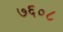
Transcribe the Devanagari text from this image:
७६०८